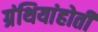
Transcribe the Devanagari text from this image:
ग्रंथियांहोती